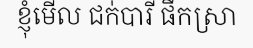
ខ្ញុំមើល ជក់បារី ផឹកស្រា